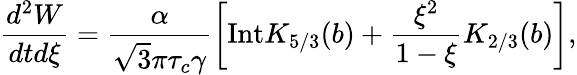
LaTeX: \frac{d^{2}W}{dtd\xi}=\frac{\alpha}{\sqrt{3}\pi\tau_{c}\gamma}\left[\mathrm{Int}K_{5/3}(b)+\frac{\xi^{2}}{1-\xi}K_{2/3}(b)\right],